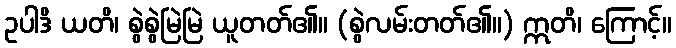
ဥပါဒိ ယတိ၊ စွဲစွဲမြဲမြဲ ယူတတ်၏။ (စွဲလမ်းတတ်၏။) ဣတိ၊ ကြောင့်။